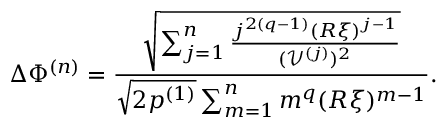
\Delta \Phi ^ { ( n ) } = \frac { \sqrt { \sum _ { j = 1 } ^ { n } \frac { j ^ { 2 ( q - 1 ) } ( R \xi ) ^ { j - 1 } } { ( \mathcal { V } ^ { ( j ) } ) ^ { 2 } } } } { \sqrt { 2 p ^ { ( 1 ) } } \sum _ { m = 1 } ^ { n } m ^ { q } ( R \xi ) ^ { m - 1 } } .